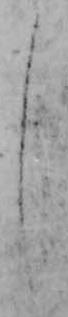
し